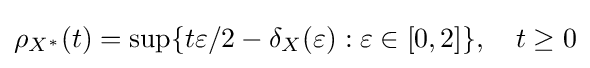
\rho _{X^{*}}(t)=\sup\{t\varepsilon /2-\delta _{X}(\varepsilon ):\varepsilon \in [0,2]\},\quad t\geq 0